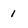
Character: 1